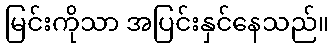
မြင်းကိုသာ အပြင်းနှင်နေသည်။